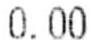
0.00